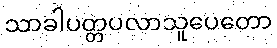
သာခါပတ္တပလာသူပေတော